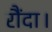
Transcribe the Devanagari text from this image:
रौंदा।